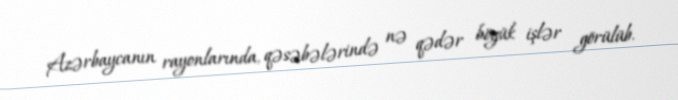
Azərbaycanın rayonlarında, qəsəbələrində nə qədər böyük işlər görülüb.